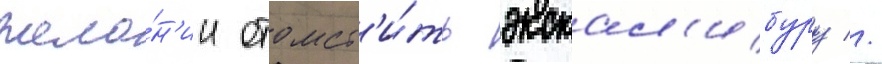
жела́н'ии отомст'и́ть экскал'ибуру //